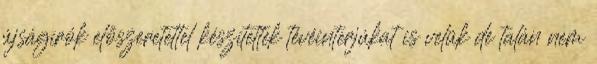
újságírók előszeretettel készítettek tévéinterjúkat is velük de talán nem